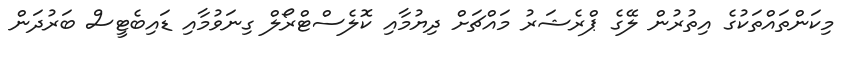
މިކަންތައްތަކުގެ އިތުރުން ލޭގެ ޕްރެޝަރު މައްޗަށް ދިޔުމާއި ކޮލެސްޓްރޯލް ގިނަވުމާއި ޑައިބެޓީސް ބަރުދަން